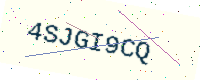
Text: 4SJGI9CQ